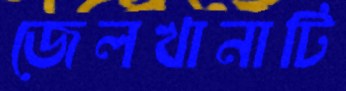
জেলখানাটি